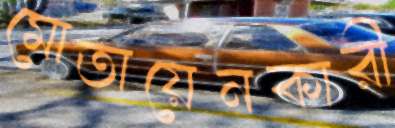
মোতায়েনকারী